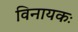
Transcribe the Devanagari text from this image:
विनायकः